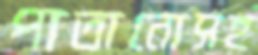
পাতানোসহ